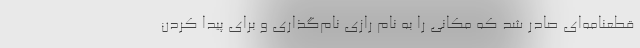
قطعنامه‌ای صادر شد که مکانی را به نام رازی نام‌گذاری و برای پیدا کردن